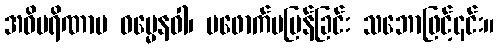
အဝိပရိဏာမ ဓမ္မေနဝါ၊ မဖောက်မပြန်ခြင်း သဘောဖြင့်၎င်း။